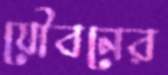
যৌবনের